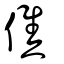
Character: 僬